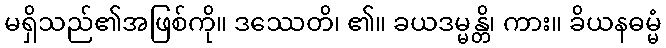
မရှိသည်၏အဖြစ်ကို။ ဒဿေတိ၊ ၏။ ခယဒမ္မန္တိ၊ ကား။ ခိယနဓမ္မံ